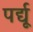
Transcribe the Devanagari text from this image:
पर्द्यू